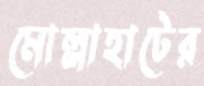
মোল্লাহাটের